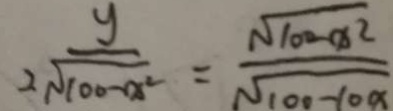
\frac { y } { 2 \sqrt { 1 0 0 - x ^ { 2 } } } = \frac { \sqrt { 1 0 0 - x ^ { 2 } } } { \sqrt { 1 0 0 - 1 0 x } }